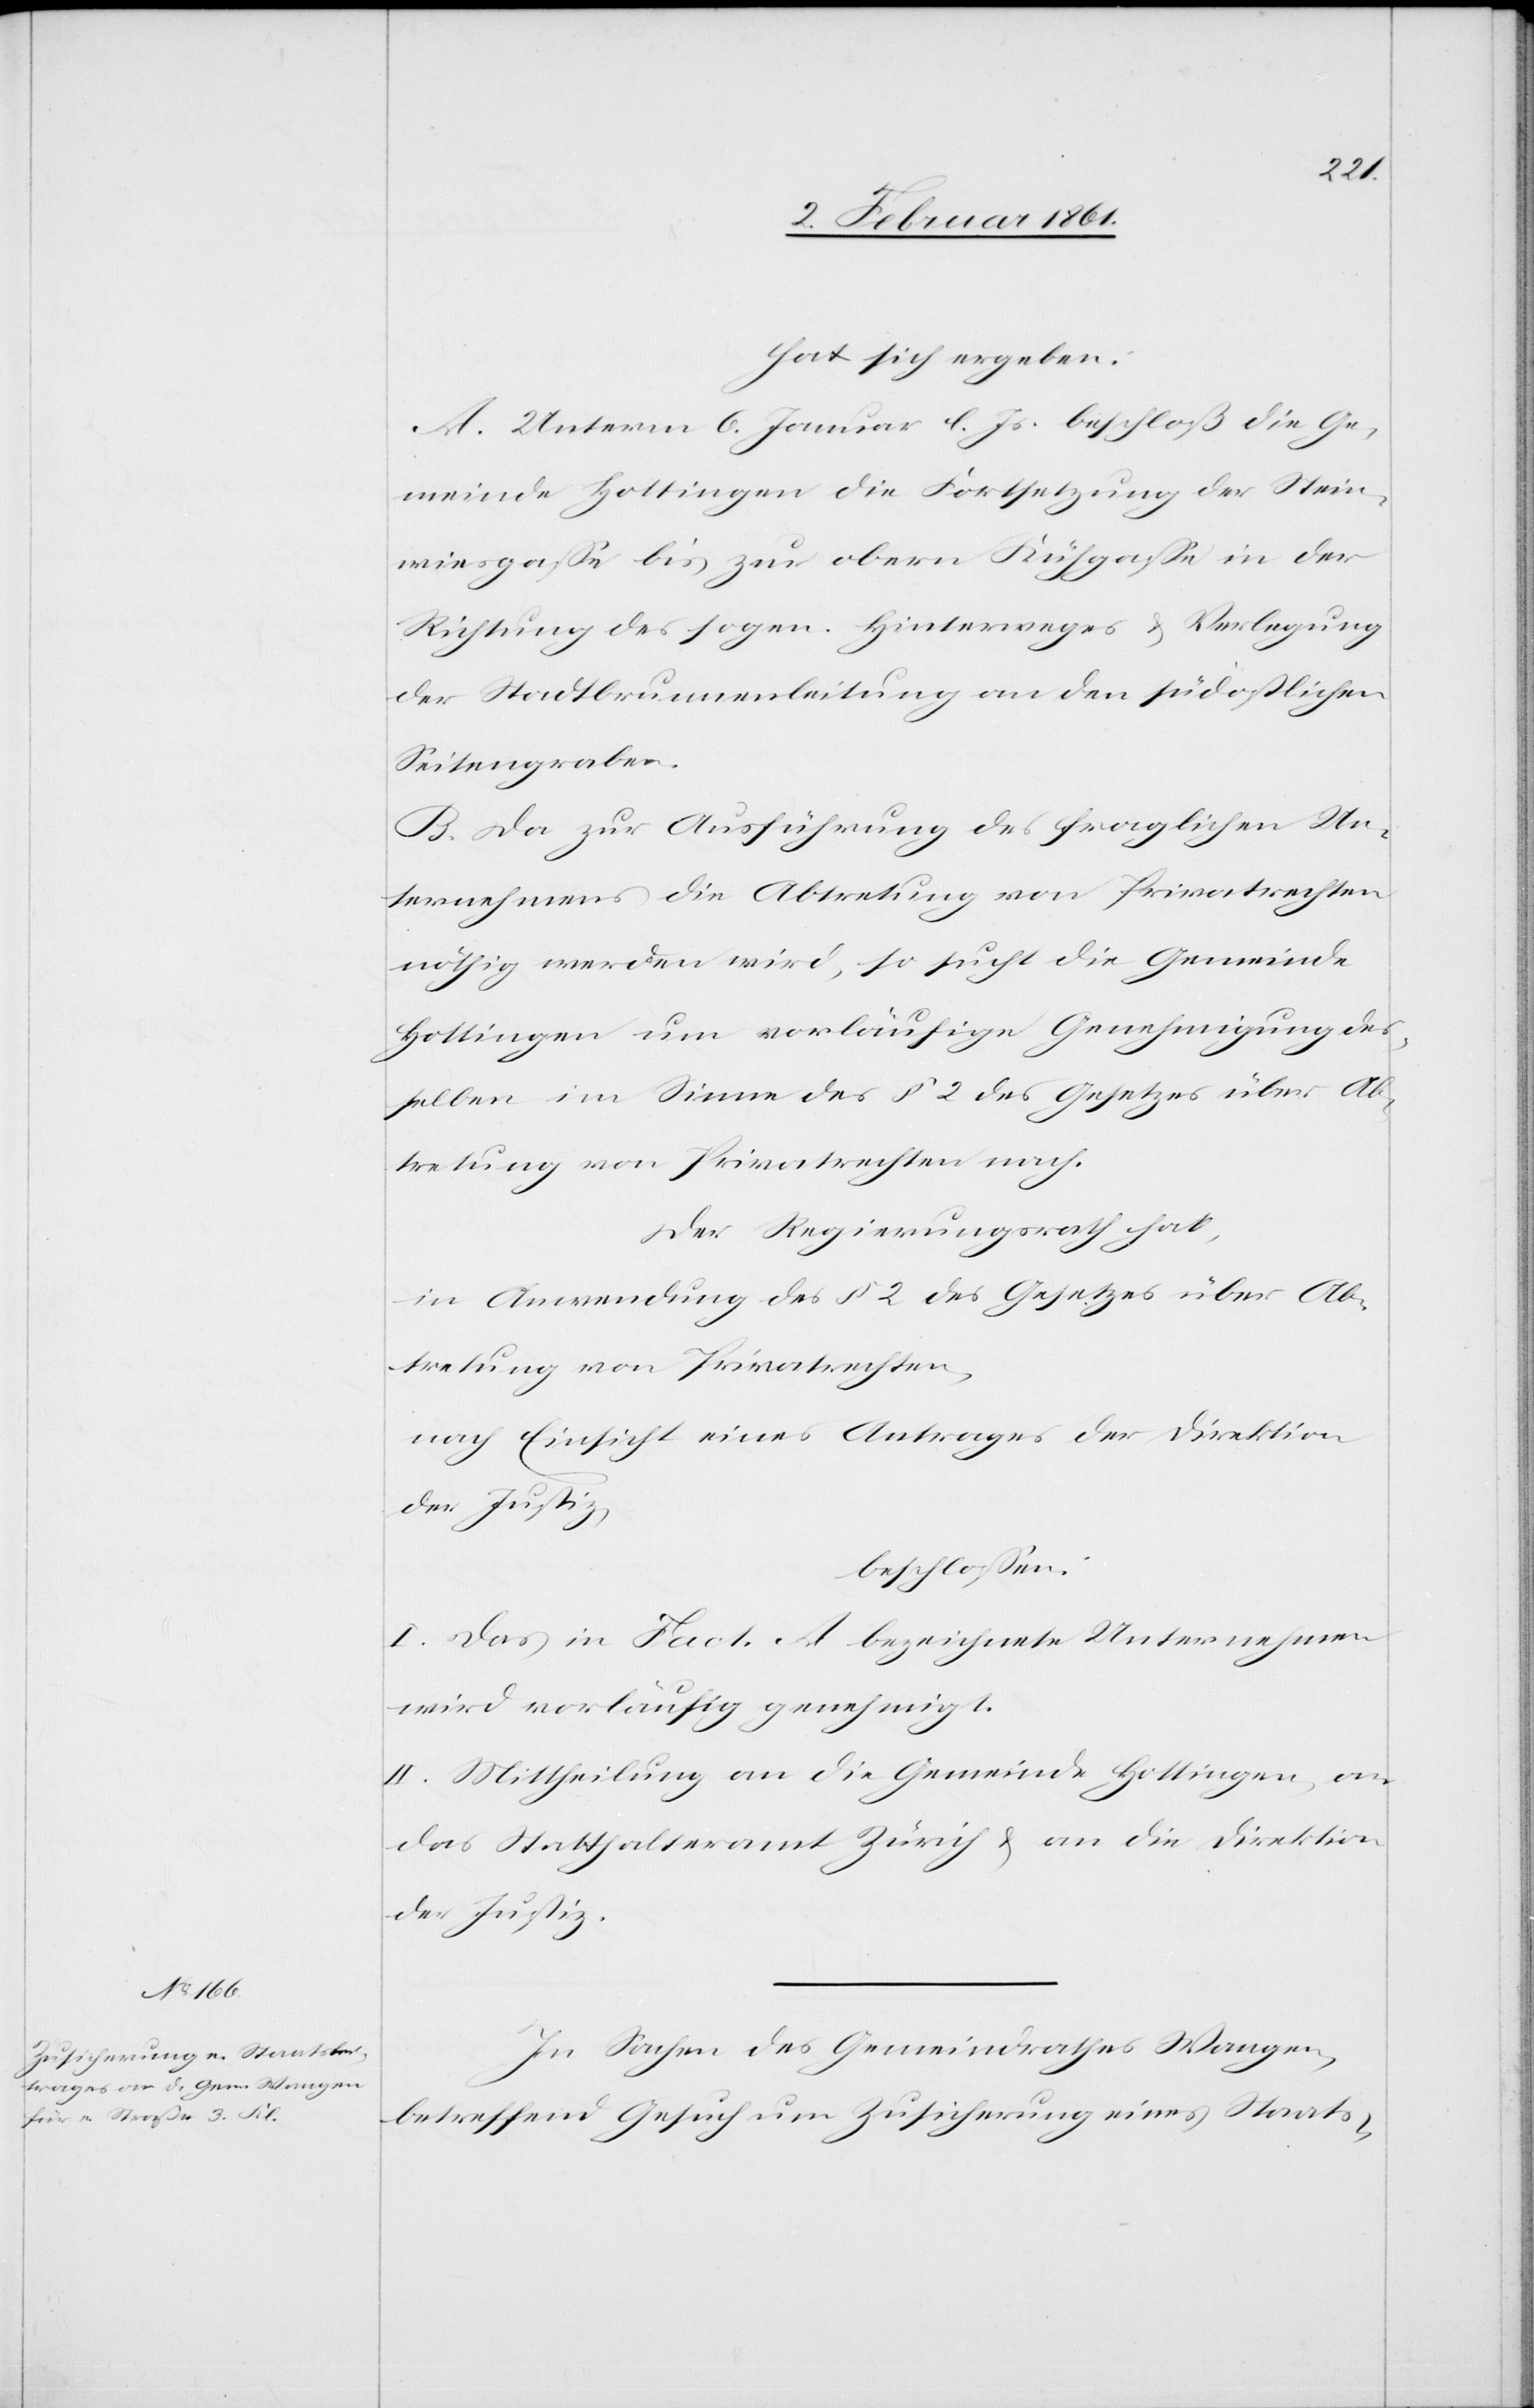
hat sich ergeben:
A. Unterm 6. Januar l. Js. beschloß die Ge¬
meinde Hottingen die Fortsetzung der Stein¬
wiesgasse bis zur obern Kühgasse in der
Richtung des sogen. Hinterweges u. Verlegung
der Stadtbrunnenleitung an den südöstlichen
Seitengraben.
B. Da zur Ausführung des fraglichen Un¬
ternehmens die Abtretung von Privatrechten
nöthig werden wird, so sucht die Gemeinde
Hottingen um vorläufige Genehmigung des¬
selben im Sinne des §. 2 des Gesetzes über Ab¬
tretung von Privatrechten nach.
Der Regierungsrath hat,
in Anwendung des §. 2 des Gesetzes über Ab¬
tretung von Privatrechten,
nach Einsicht eines Antrages der Direktion
der Justiz,
beschlossen:
I. Das in Fact. A bezeichnete Unternehmen
wird vorläufig genehmigt.
II. Mittheilung an die Gemeinde Hottingen, an
das Statthalteramt Zürich u. an die Direktion
der Justiz.
In Sachen des Gemeindrathes Wangen,
betreffend Gesuch um Zusicherung eines Staats-